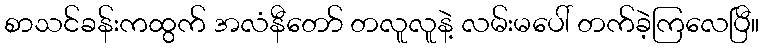
စာသင်ခန်းကထွက် အလံနီတော် တလူလူနဲ့ လမ်းမပေါ် တက်ခဲ့ကြလေပြီ။